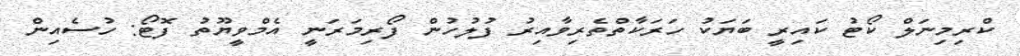
ކްރިމިނަލް ކޯޓު ކައިރީ ބަޔަކު ހަރަކާތްތެރިވާއިރު ފުލުހުން ފޯރިމަރަނީ އެމްވީޔޫތު ފޮޓޯ: ހުސެއިން